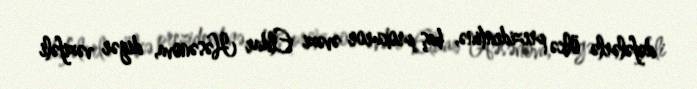
dəfələrlə ölkə prezidentinə, baş prokuror əvəzi Eldar Həsənova, digər vəzifəli